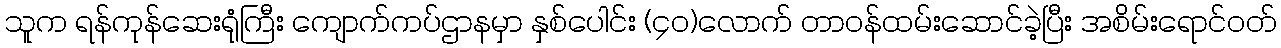
သူက ရန်ကုန်ဆေးရုံကြီး ကျောက်ကပ်ဌာနမှာ နှစ်ပေါင်း (၄၀)လောက် တာဝန်ထမ်းဆောင်ခဲ့ပြီး အစိမ်းရောင်ဝတ်